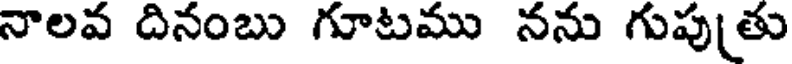
నాలవ దినంబు గూటము నను గుపుతు